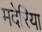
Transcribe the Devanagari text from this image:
मदेरिया